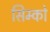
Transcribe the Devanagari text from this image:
सिम्को